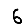
Digit: 6